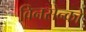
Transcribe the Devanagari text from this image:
विनसेन्को